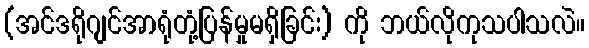
(အင်ဒရိုဂျင်အာရုံတုံ့ပြန်မှုမရှိခြင်း) ကို ဘယ်လိုကုသပါသလဲ။